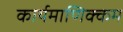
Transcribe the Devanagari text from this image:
कार्यमाणिक्कम